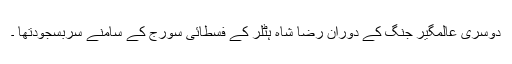
دوسری عالمگیر جنگ کے دوران رضا شاہ ہٹلر کے فسطائی سورج کے سامنے سربسجودتھا ۔